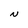
Character: N